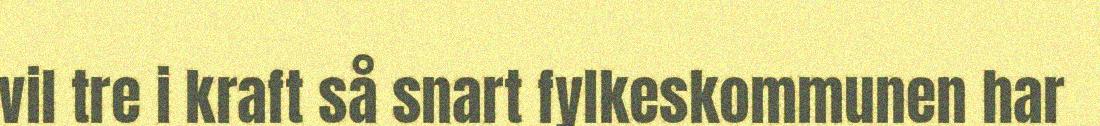
vil tre i kraft så snart fylkeskommunen har